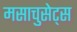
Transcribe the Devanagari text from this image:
मसाचुसेट्स